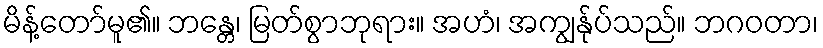
မိန့်တော်မူ၏။ ဘန္တေ၊ မြတ်စွာဘုရား။ အဟံ၊ အကျွန်ုပ်သည်။ ဘဂဝတာ၊